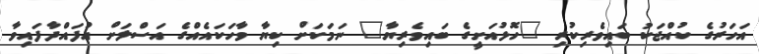
އަހަރުގެ ކުއްޖަކު ބައިވެރިކުރި "ހޮޅުއަށީގެ ބައިވެރިޔާ" ނަމަކަށް ކިޔާ ވާހަކައެއްގެ އަސްލަށް އުފައްދާފައިވާ